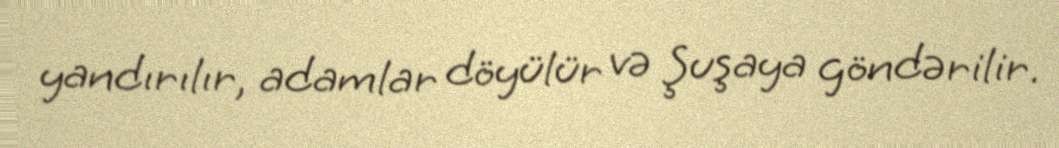
yandırılır, adamlar döyülür və Şuşaya göndərilir.